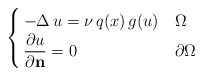
\begin{align*}\begin{cases}\, -\Delta \,u = \nu \, q(x)\,g(u) & \Omega \\\, \dfrac{\partial u}{\partial {\bf n}} = 0 & \partial\Omega\end{cases}\end{align*}